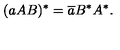
( a A B ) ^ { \ast } = \overline { { a } } B ^ { \ast } A ^ { \ast } .